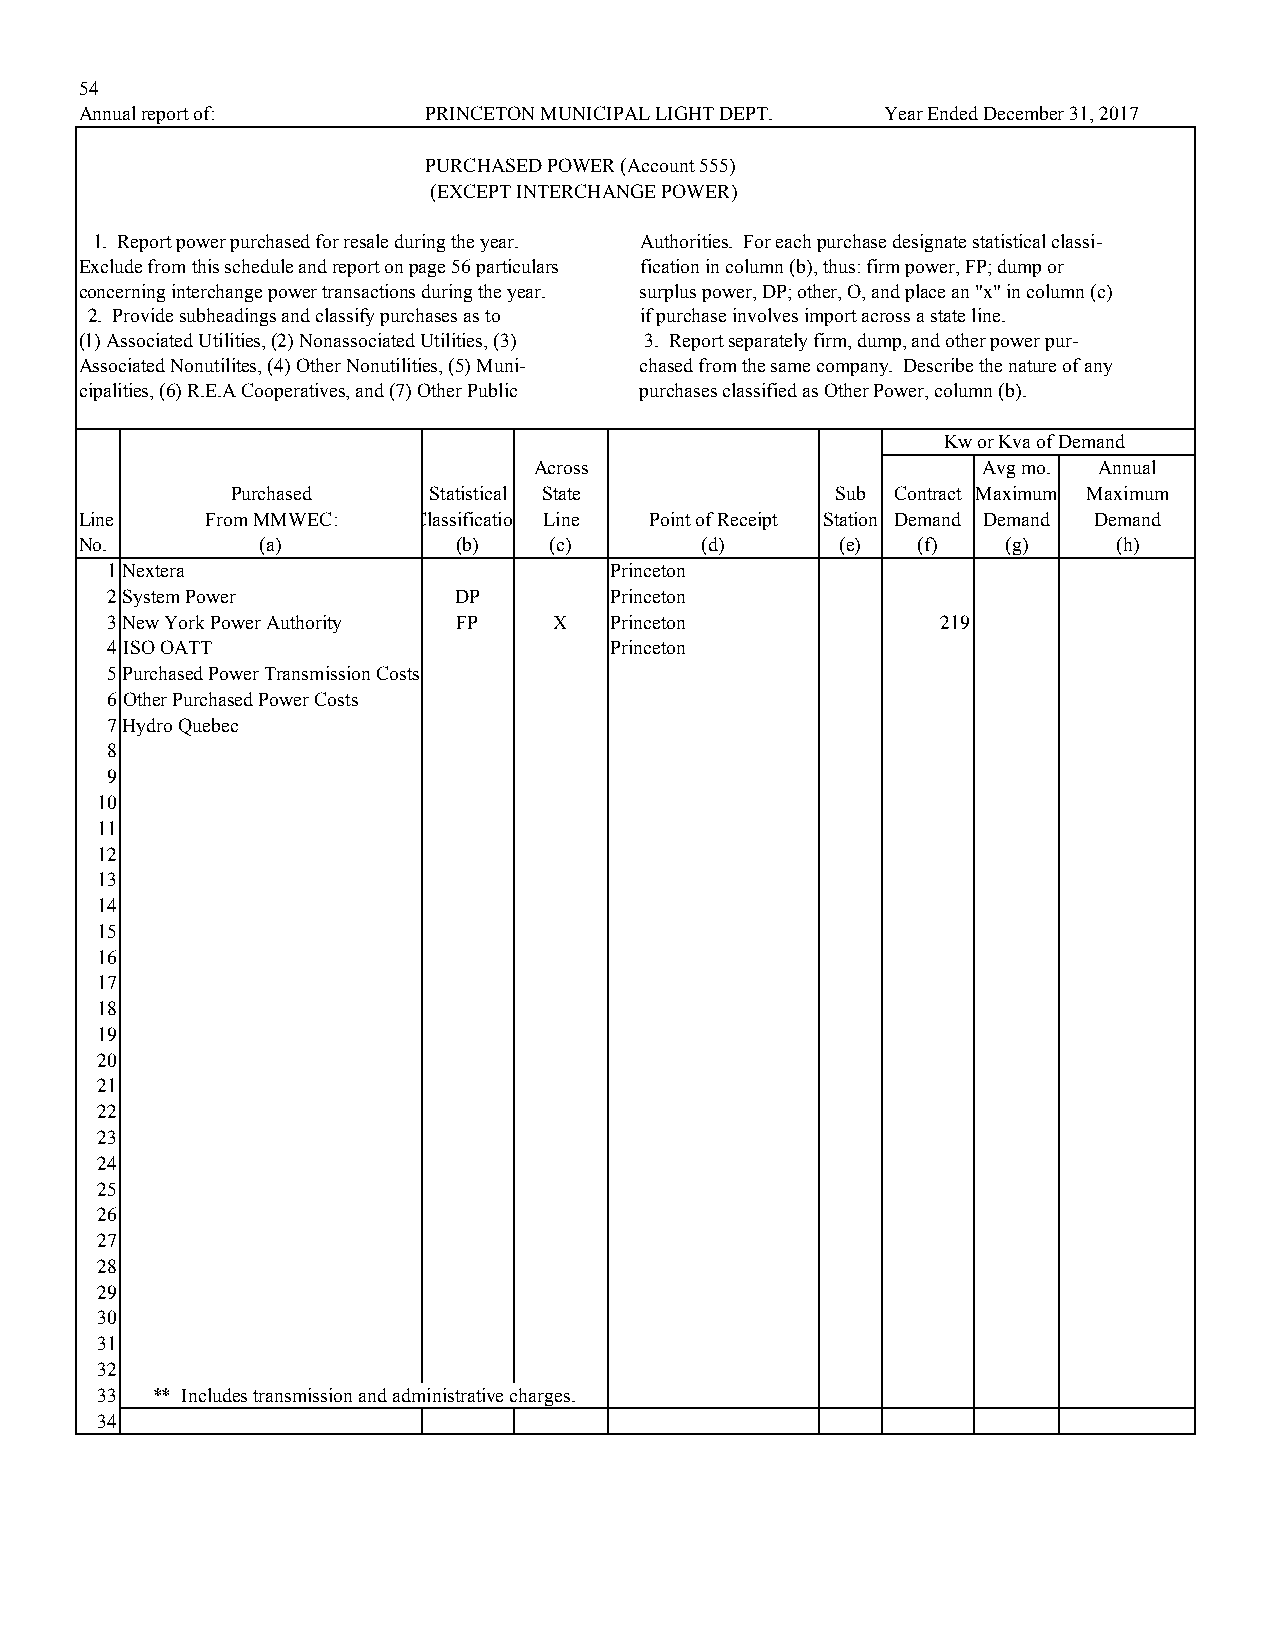
54
 Annual report of:      PRINCETON MUNICIPAL LIGHT DEPT. Year Ended December 31, 2017
 PURCHASED POWER (Account 555)
 (EXCEPT INTERCHANGE POWER)
 1. Report power purchased for resale during the year. Authorities. For each purchase designate statistical classi-
 Exclude from this schedule and report on page 56 particulars fication in column (b), thus: firm power, FP; dump or
 concerning interchange power transactions during the year. surplus power, DP; other, O, and place an "x" in column (c)
 2. Provide subheadings and classify purchases as to if purchase involves import across a state line.
 (1) Associated Utilities, (2) Nonassociated Utilities, (3) 3. Report separately firm, dump, and other power pur-
 Associated Nonutilites, (4) Other Nonutilities, (5) Muni- chased from the same company. Describe the nature of any
 cipalities, (6) R.E.A Cooperatives, and (7) Other Public purchases classified as Other Power, column (b).
 Kw or Kva of Demand
 Across                        Avg mo. Annual
 Purchased    Statistical State          Sub Contract Maximum Maximum
 Line     From MMWEC:  Classification Line Point of Receipt Station Demand Demand Demand
 No.         (a)          (b)   (c)       (d)       (e)  (f)   (g)    (h)
 1 Nextera                        Princeton
 2 System Power         DP        Princeton
 3 New York Power Authority FP X  Princeton             219
 4 ISO OATT                       Princeton
 5 Purchased Power Transmission Costs
 6 Other Purchased Power Costs
 7 Hydro Quebec
 8
 9
 10
 11
 12
 13
 14
 15
 16
 17
 18
 19
 20
 21
 22
 23
 24
 25
 26
 27
 28
 29
 30
 31
 32
 33  ** Includes transmission and administrative charges.
 34